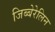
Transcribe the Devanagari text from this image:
जिब्बेरेलिन